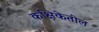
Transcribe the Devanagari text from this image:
कक्षिकेतील